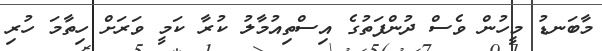
މާބަނޑު މީހުން ވެސް ދުންފަތުގެ އިސްތިއުމާލު ކުރާ ކަމީ ވަރަށް ހިތާމަ ހުރި